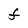
Character: F